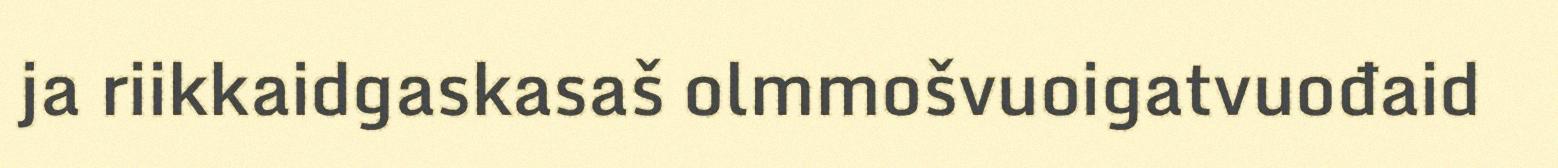
ja riikkaidgaskasaš olmmošvuoigatvuođaid